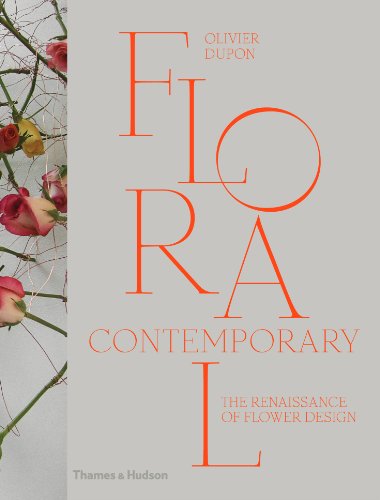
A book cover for Floral Contemporary: The Renaissance in Flower Design; Olivier Dupon; Crafts, Hobbies & Home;